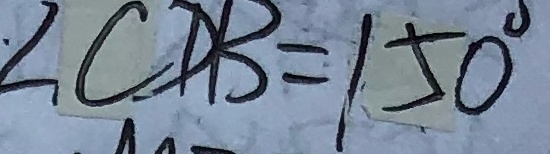
\angle C D B = 1 5 0 ^ { \circ }